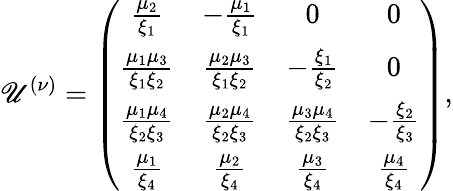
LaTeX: \mathscr{U}^{(\nu)}=\left(\begin{array}{cccc}{{{\frac{\mu_{2}}{\xi_{1}}}}}&{{-{\frac{\mu_{1}}{\xi_{1}}}}}&{{0}}&{{0}}\\ {{{\frac{\mu_{1}\mu_{3}}{\xi_{1}\xi_{2}}}}}&{{{\frac{\mu_{2}\mu_{3}}{\xi_{1}\xi_{2}}}}}&{{-{\frac{\xi_{1}}{\xi_{2}}}}}&{{0}}\\ {{{\frac{\mu_{1}\mu_{4}}{\xi_{2}\xi_{3}}}}}&{{{\frac{\mu_{2}\mu_{4}}{\xi_{2}\xi_{3}}}}}&{{{\frac{\mu_{3}\mu_{4}}{\xi_{2}\xi_{3}}}}}&{{-{\frac{\xi_{2}}{\xi_{3}}}}}\\ {{{\frac{\mu_{1}}{\xi_{4}}}}}&{{{\frac{\mu_{2}}{\xi_{4}}}}}&{{{\frac{\mu_{3}}{\xi_{4}}}}}&{{{\frac{\mu_{4}}{\xi_{4}}}}}\end{array}\right),